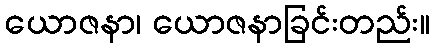
ယောဇနာ၊ ယောဇနာခြင်းတည်း။